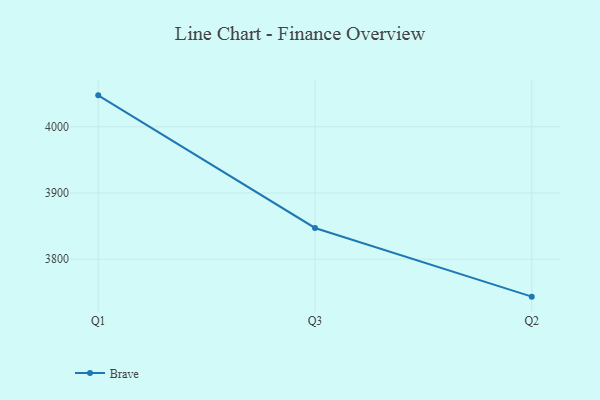
{"axis": {"x": "Quarter", "y": "Tickets Resolved"}, "legend": ["Brave"], "data": [{"x": "Q1", "y": 4047.6, "type": "Brave"}, {"x": "Q3", "y": 3847.2, "type": "Brave"}, {"x": "Q2", "y": 3743.4, "type": "Brave"}]}